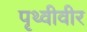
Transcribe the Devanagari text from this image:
पृथ्वीवीर